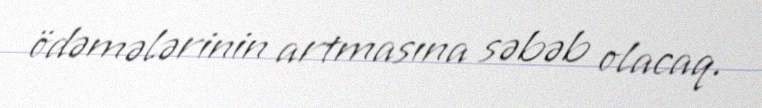
ödəmələrinin artmasına səbəb olacaq.